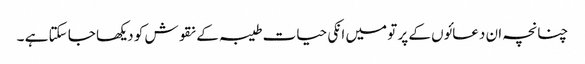
چنانچہ ان دعائوں کے پر تو میں انکی حیات طیبہ کے نقوش کو دیکھا جا سکتا ہے ۔